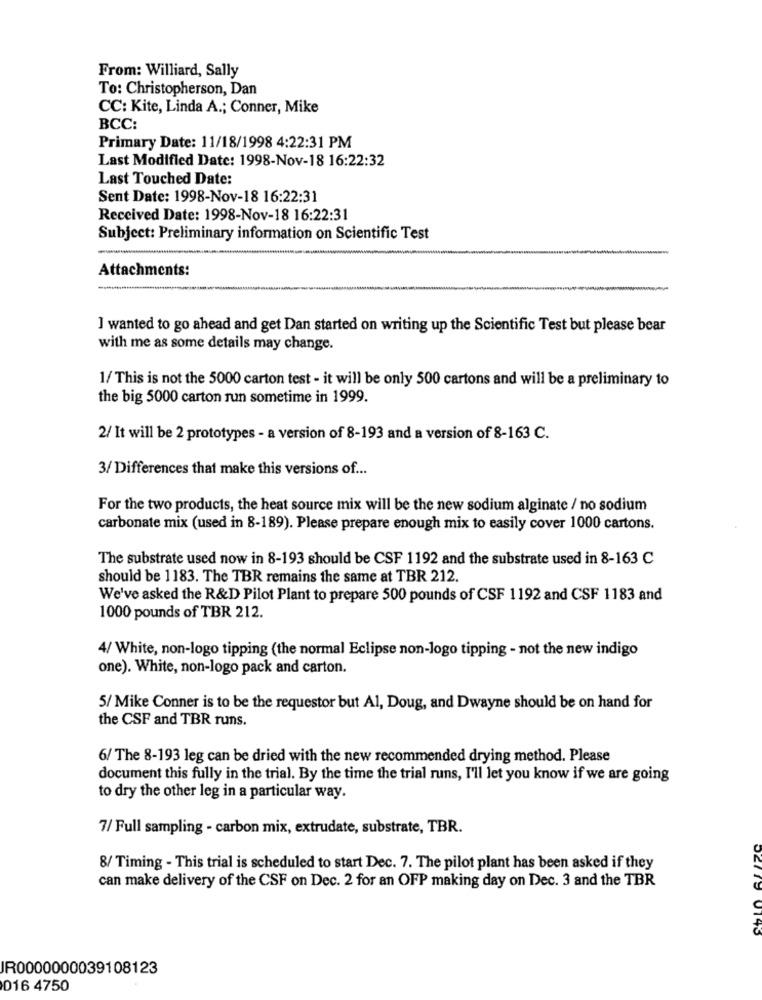
From: Williard, Sally
To: Christopherson, Dan
CC: Kite, Linda A .; Conner, Mike
BCC:
Primary Date: 11/18/1998 4:22:31 PM
Last Modified Date: 1998-Nov-18 16:22:32
Last Touched Date:
Sent Date: 1998-Nov-18 16:22:31
Received Date: 1998-Nov-18 16:22:31
Subject: Preliminary information on Scientific Test
Attachments:
I wanted to go ahead and get Dan started on writing up the Scientific Test but please bear
with me as some details may change.
1/ This is not the 5000 carton test - it will be only 500 cartons and will be a preliminary to
the big 5000 carton run sometime in 1999.
2/ It will be 2 prototypes - a version of 8-193 and a version of 8-163 C.
3/ Differences that make this versions of ...
For the two products, the heat source mix will be the new sodium alginate / no sodium
carbonate mix (used in 8-189). Please prepare enough mix to easily cover 1000 cartons.
The substrate used now in 8-193 should be CSF 1192 and the substrate used in 8-163 C
should be 1183. The TBR remains the same at TBR 212.
We've asked the R&D Pilot Plant to prepare 500 pounds of CSF 1192 and CSF 1183 and
1000 pounds of TBR 212.
4/ White, non-logo tipping (the normal Eclipse non-logo tipping - not the new indigo
one). White, non-logo pack and carton.
5/ Mike Conner is to be the requestor but Al, Doug, and Dwayne should be on hand for
the CSF and TBR runs.
6/ The 8-193 leg can be dried with the new recommended drying method. Please
document this fully in the trial. By the time the trial runs, I'll let you know if we are going
to dry the other leg in a particular way.
7/ Full sampling - carbon mix, extrudate, substrate, TBR.
8/ Timing - This trial is scheduled to start Dec. 7. The pilot plant has been asked if they
can make delivery of the CSF on Dec. 2 for an OFP making day on Dec. 3 and the TBR
0145
IR0000000039108123
016 4750